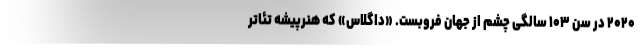
۲۰۲۰ در سن ۱۰۳ سالگی چشم از جهان فروبست. «داگلاس» که هنرپیشه تئاتر